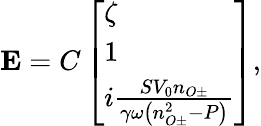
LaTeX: \mathbf{{E}}=C\left[\begin{array}{l}{\zeta}\\ {1}\\ {i\frac{SV_{0}n_{O\pm}}{\gamma\omega\left(n_{O\pm}^{2}-P\right)}}\end{array}\right],